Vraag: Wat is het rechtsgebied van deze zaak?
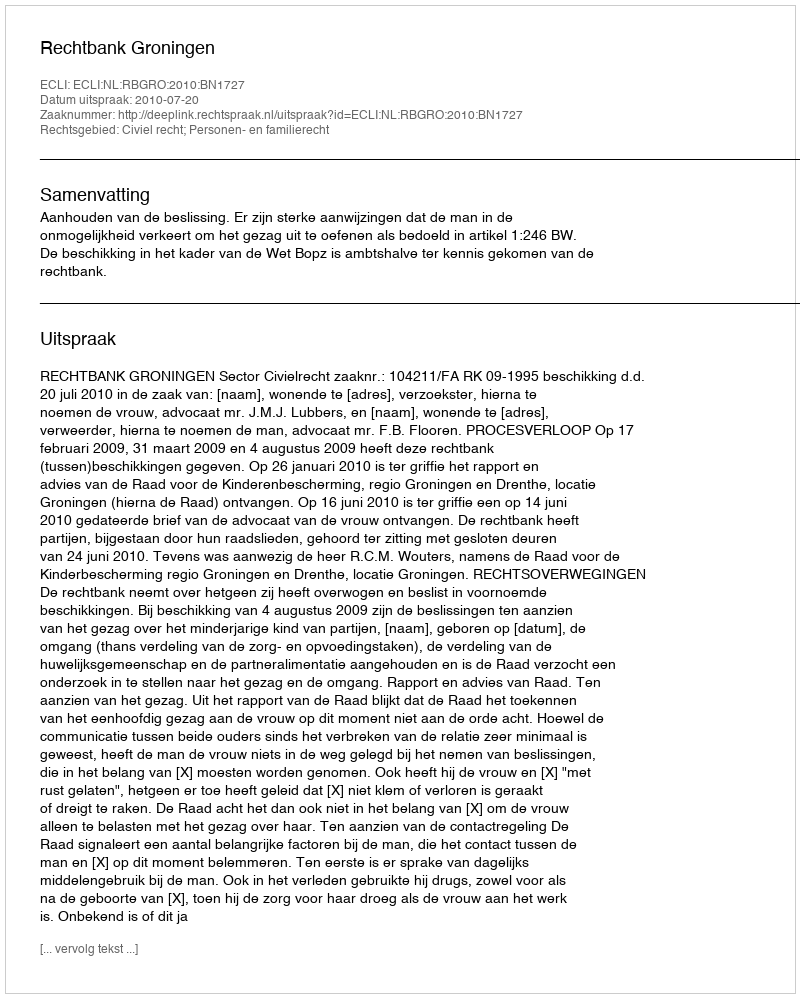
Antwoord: Civiel recht; Personen- en familierecht